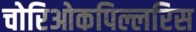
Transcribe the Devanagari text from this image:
चोरिओकपिल्लरिस